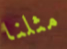
مثلنا